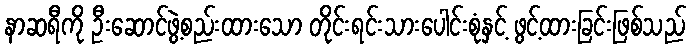
နာဆရီကို ဦးဆောင်ဖွဲ့စည်းထားသော တိုင်းရင်းသားပေါင်းစုံနှင့် ဖွင့်ထားခြင်းဖြစ်သည်